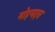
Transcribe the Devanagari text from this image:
मोहमदन